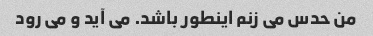
من حدس می زنم اینطور باشد. می آید و می رود